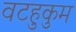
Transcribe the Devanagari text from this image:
वटहुकुम